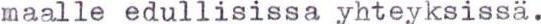
maalle edullisissa yhteyksissä.